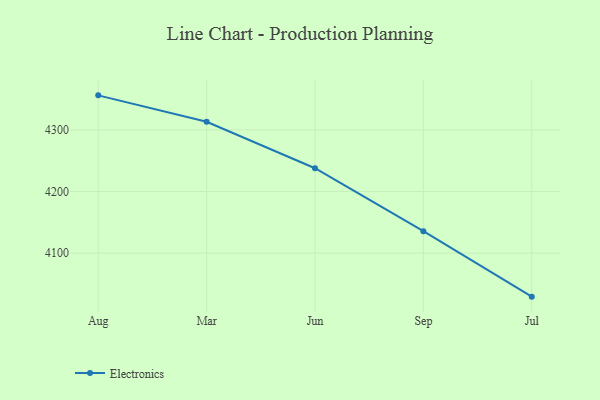
{"axis": {"x": "Month", "y": "Budget (USD K)"}, "legend": ["Electronics"], "data": [{"x": "Aug", "y": 4356.0, "type": "Electronics"}, {"x": "Mar", "y": 4313.2, "type": "Electronics"}, {"x": "Jun", "y": 4237.7, "type": "Electronics"}, {"x": "Sep", "y": 4135.6, "type": "Electronics"}, {"x": "Jul", "y": 4029.4, "type": "Electronics"}]}